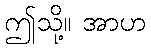
ဤသို့။ အာဟ